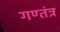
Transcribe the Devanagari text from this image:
गण्तंत्र